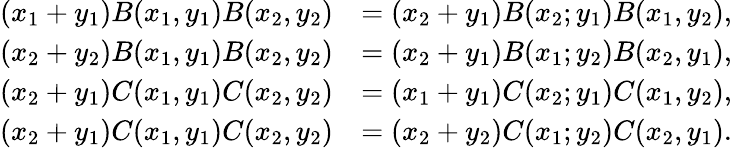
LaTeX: \begin{array}{rl}{(x_{1}+y_{1})B(x_{1},y_{1})B(x_{2},y_{2})}&{=(x_{2}+y_{1})B(x_{2};y_{1})B(x_{1},y_{2}),}\\ {(x_{2}+y_{2})B(x_{1},y_{1})B(x_{2},y_{2})}&{=(x_{2}+y_{1})B(x_{1};y_{2})B(x_{2},y_{1}),}\\ {(x_{2}+y_{1})C(x_{1},y_{1})C(x_{2},y_{2})}&{=(x_{1}+y_{1})C(x_{2};y_{1})C(x_{1},y_{2}),}\\ {(x_{2}+y_{1})C(x_{1},y_{1})C(x_{2},y_{2})}&{=(x_{2}+y_{2})C(x_{1};y_{2})C(x_{2},y_{1}).}\end{array}